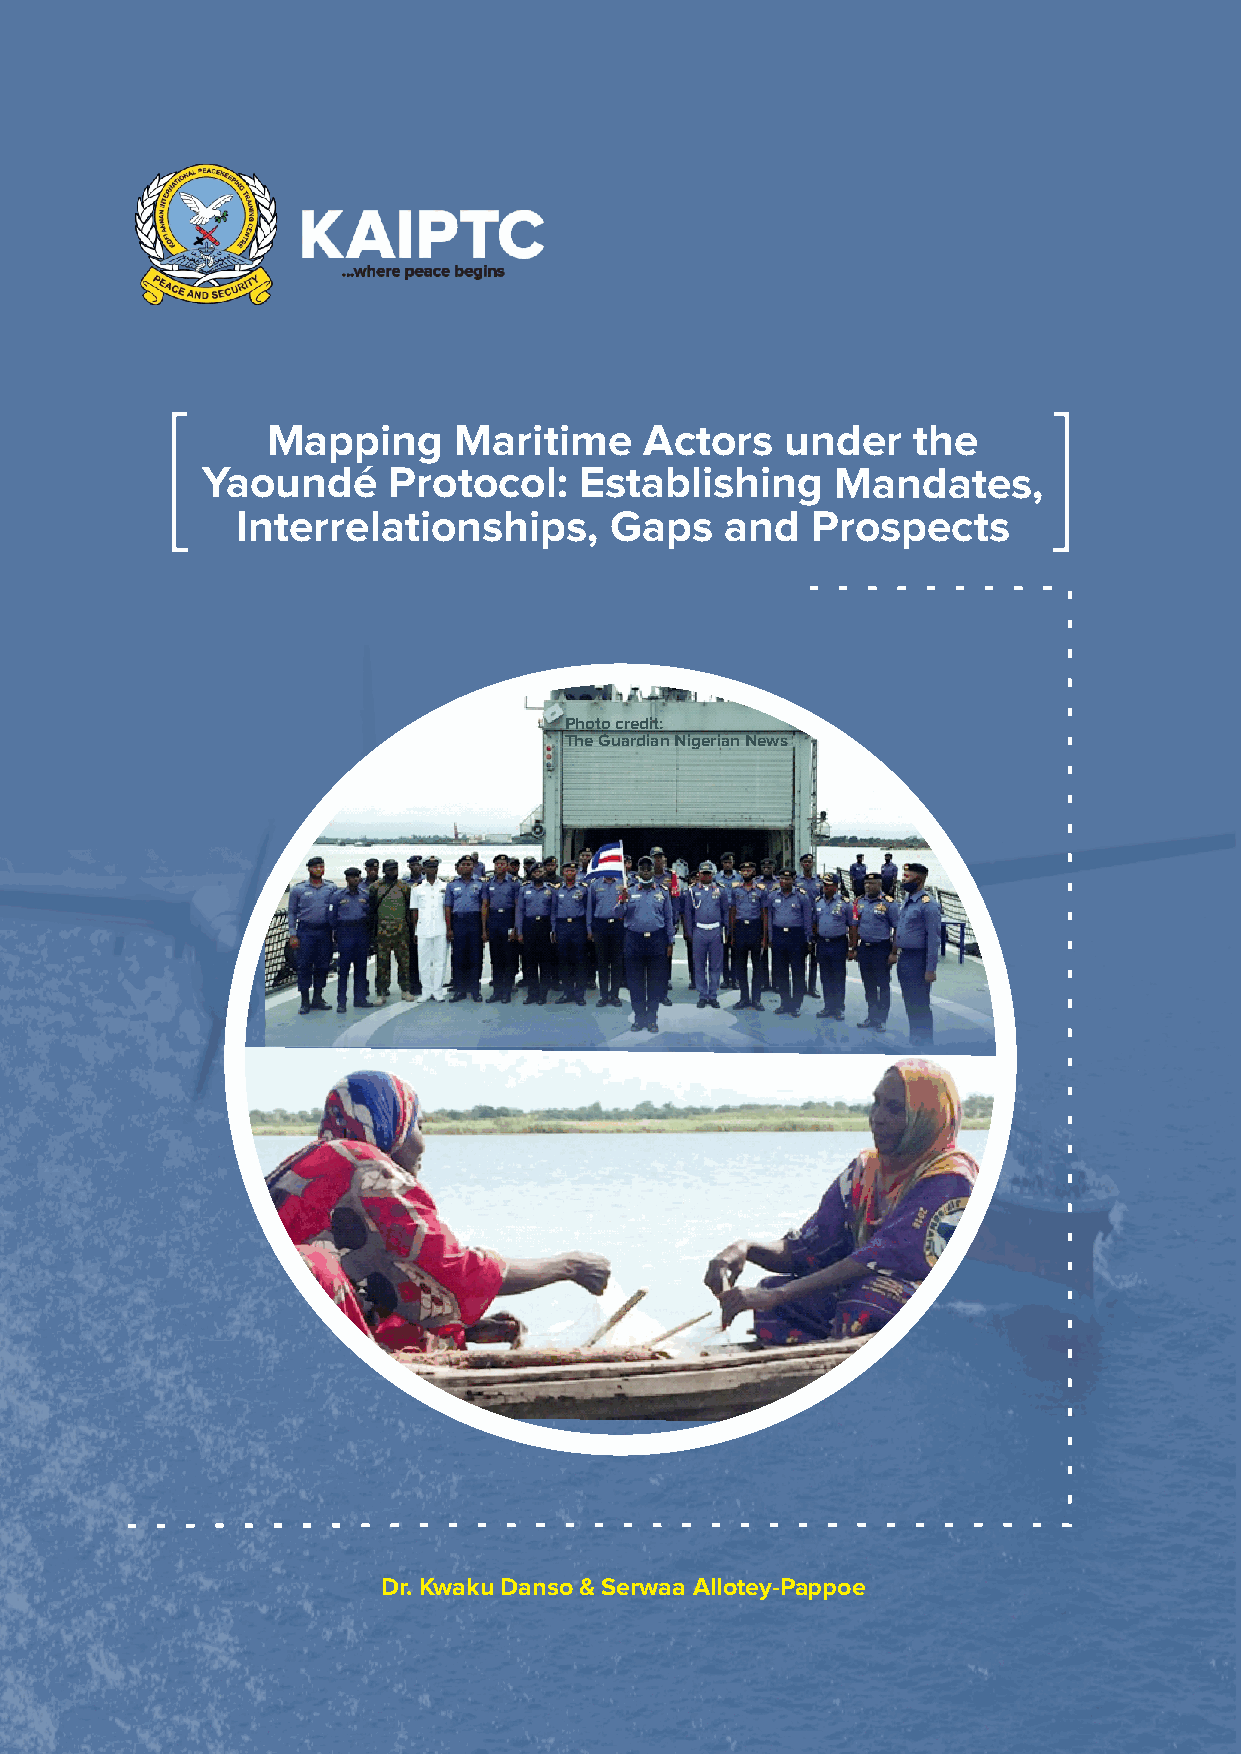
Mapping     Maritime     Actors   under   the
 Yaoundé      Protocol:   Establishing     Mandates,
 Interrelationships,     Gaps    and   Prospects
 Photo credit:
 The Guardian Nigerian News
 Dr. Kwaku Danso & Serwaa Allotey-Pappoe